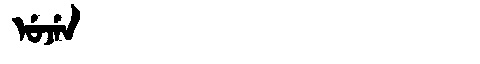
Manchu: ᡠᠵᡝᠨ
Romanization: UJEN